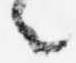
々